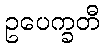
ဥပေက္ခတီ